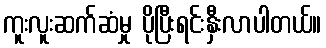
ကူးလူးဆက်ဆံမှု ပိုပြီးရင်းနှီးလာပါတယ်။